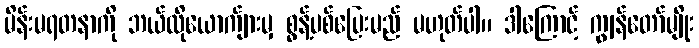
မိန်းမရတနာကို ဘယ်လိုယောက်ျားမှ စွန့်ပစ်ပြေးမည် မဟုတ်ပါ။ ဒါကြောင့် ကျွန်တော်မျိုး